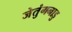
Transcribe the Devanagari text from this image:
जेतुंगनाडु